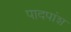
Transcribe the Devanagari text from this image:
पादपांश